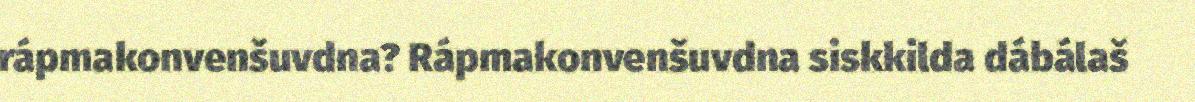
rápmakonvenšuvdna? Rápmakonvenšuvdna siskkilda dábálaš